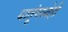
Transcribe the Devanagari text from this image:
धातूंमध्येही